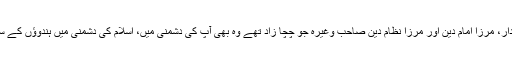
پھرآپؑ کے رشتہ دار، مرزا امام دین اور مرزا نظام دین صاحب وغیرہ جو چچا زاد تھے وہ بھی آپؑ کی دشمنی میں، اسلام کی دشمنی میں ہندوؤں کے ساتھ مل گئے تھے۔